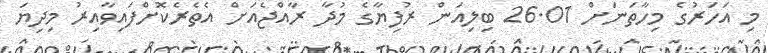
މި އަހަރުގެ މިހާތަނަށް 26.01 ބިލިއަން ރުފިޔާގެ މުދާ ރާއްޖެއަށް އެތެރެކޮށްފައިވާއިރު މިދިޔަ